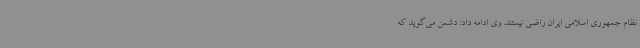
نظام جمهوری اسلامی ایران راضی نیستند. وی ادامه داد: دشمن می‌گوید که